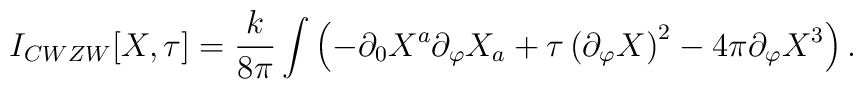
I_{CWZW}[X,\tau]=\frac{k}{8\pi} \int \left( -\partial_0 X^a  \partial_\varphi X_a + \tau \left(\partial_\varphi X\right)^2 - 4\pi  \partial_\varphi X^3 \right).